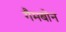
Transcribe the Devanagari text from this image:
गैमबोन